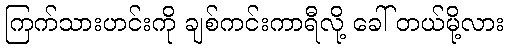
ကြက်သားဟင်းကို ချစ်ကင်းကာရီလို့ ခေါ် တယ်မို့လား